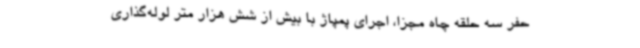
حفر سه حلقه چاه مجزا، اجرای پمپاژ با بیش از شش هزار متر لوله‌گذاری